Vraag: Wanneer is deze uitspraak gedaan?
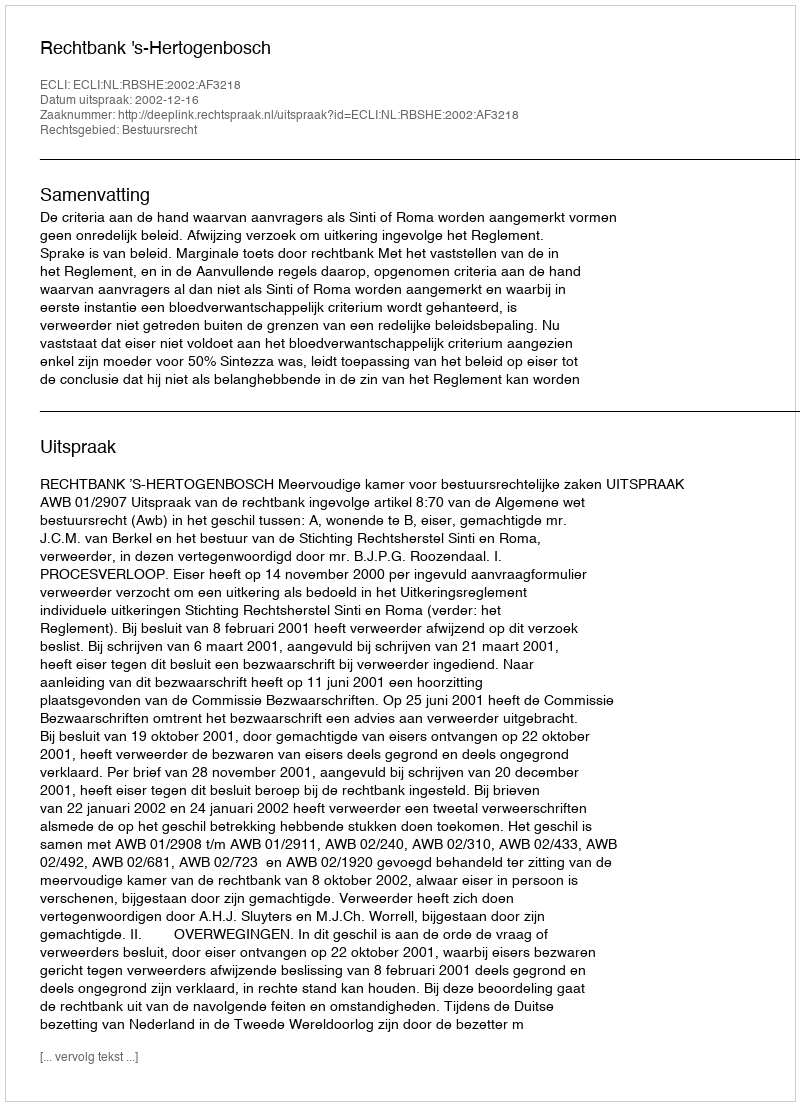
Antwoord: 2002-12-16